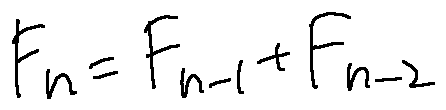
F _ { n } = F _ { n - 1 } + F _ { n - 2 }